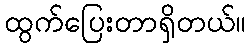
ထွက်ပြေးတာရှိတယ်။